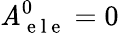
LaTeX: \mathit{A}_{\mathrm{{~e~l~e~}}}^{0}=0